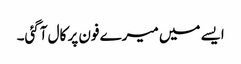
ایسے میں میرے فون پر کال آگئی۔